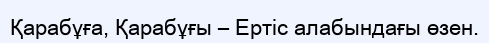
Қарабұға, Қарабұғы – Ертіс алабындағы өзен.